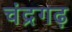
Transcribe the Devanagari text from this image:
चंद्रगढ़